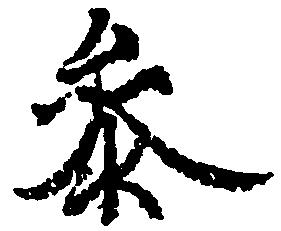
参